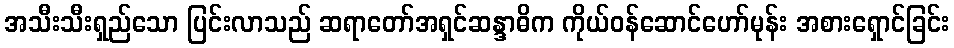
အသီးသီးရှည်သော ပြင်းလာသည် ဆရာတော်အရှင်ဆန္ဒာဓိက ကိုယ်ဝန်ဆောင်ဟော်မုန်း အစားရှောင်ခြင်း